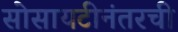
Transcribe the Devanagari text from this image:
सोसायटीनंतरची